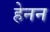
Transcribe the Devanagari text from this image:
हेनन